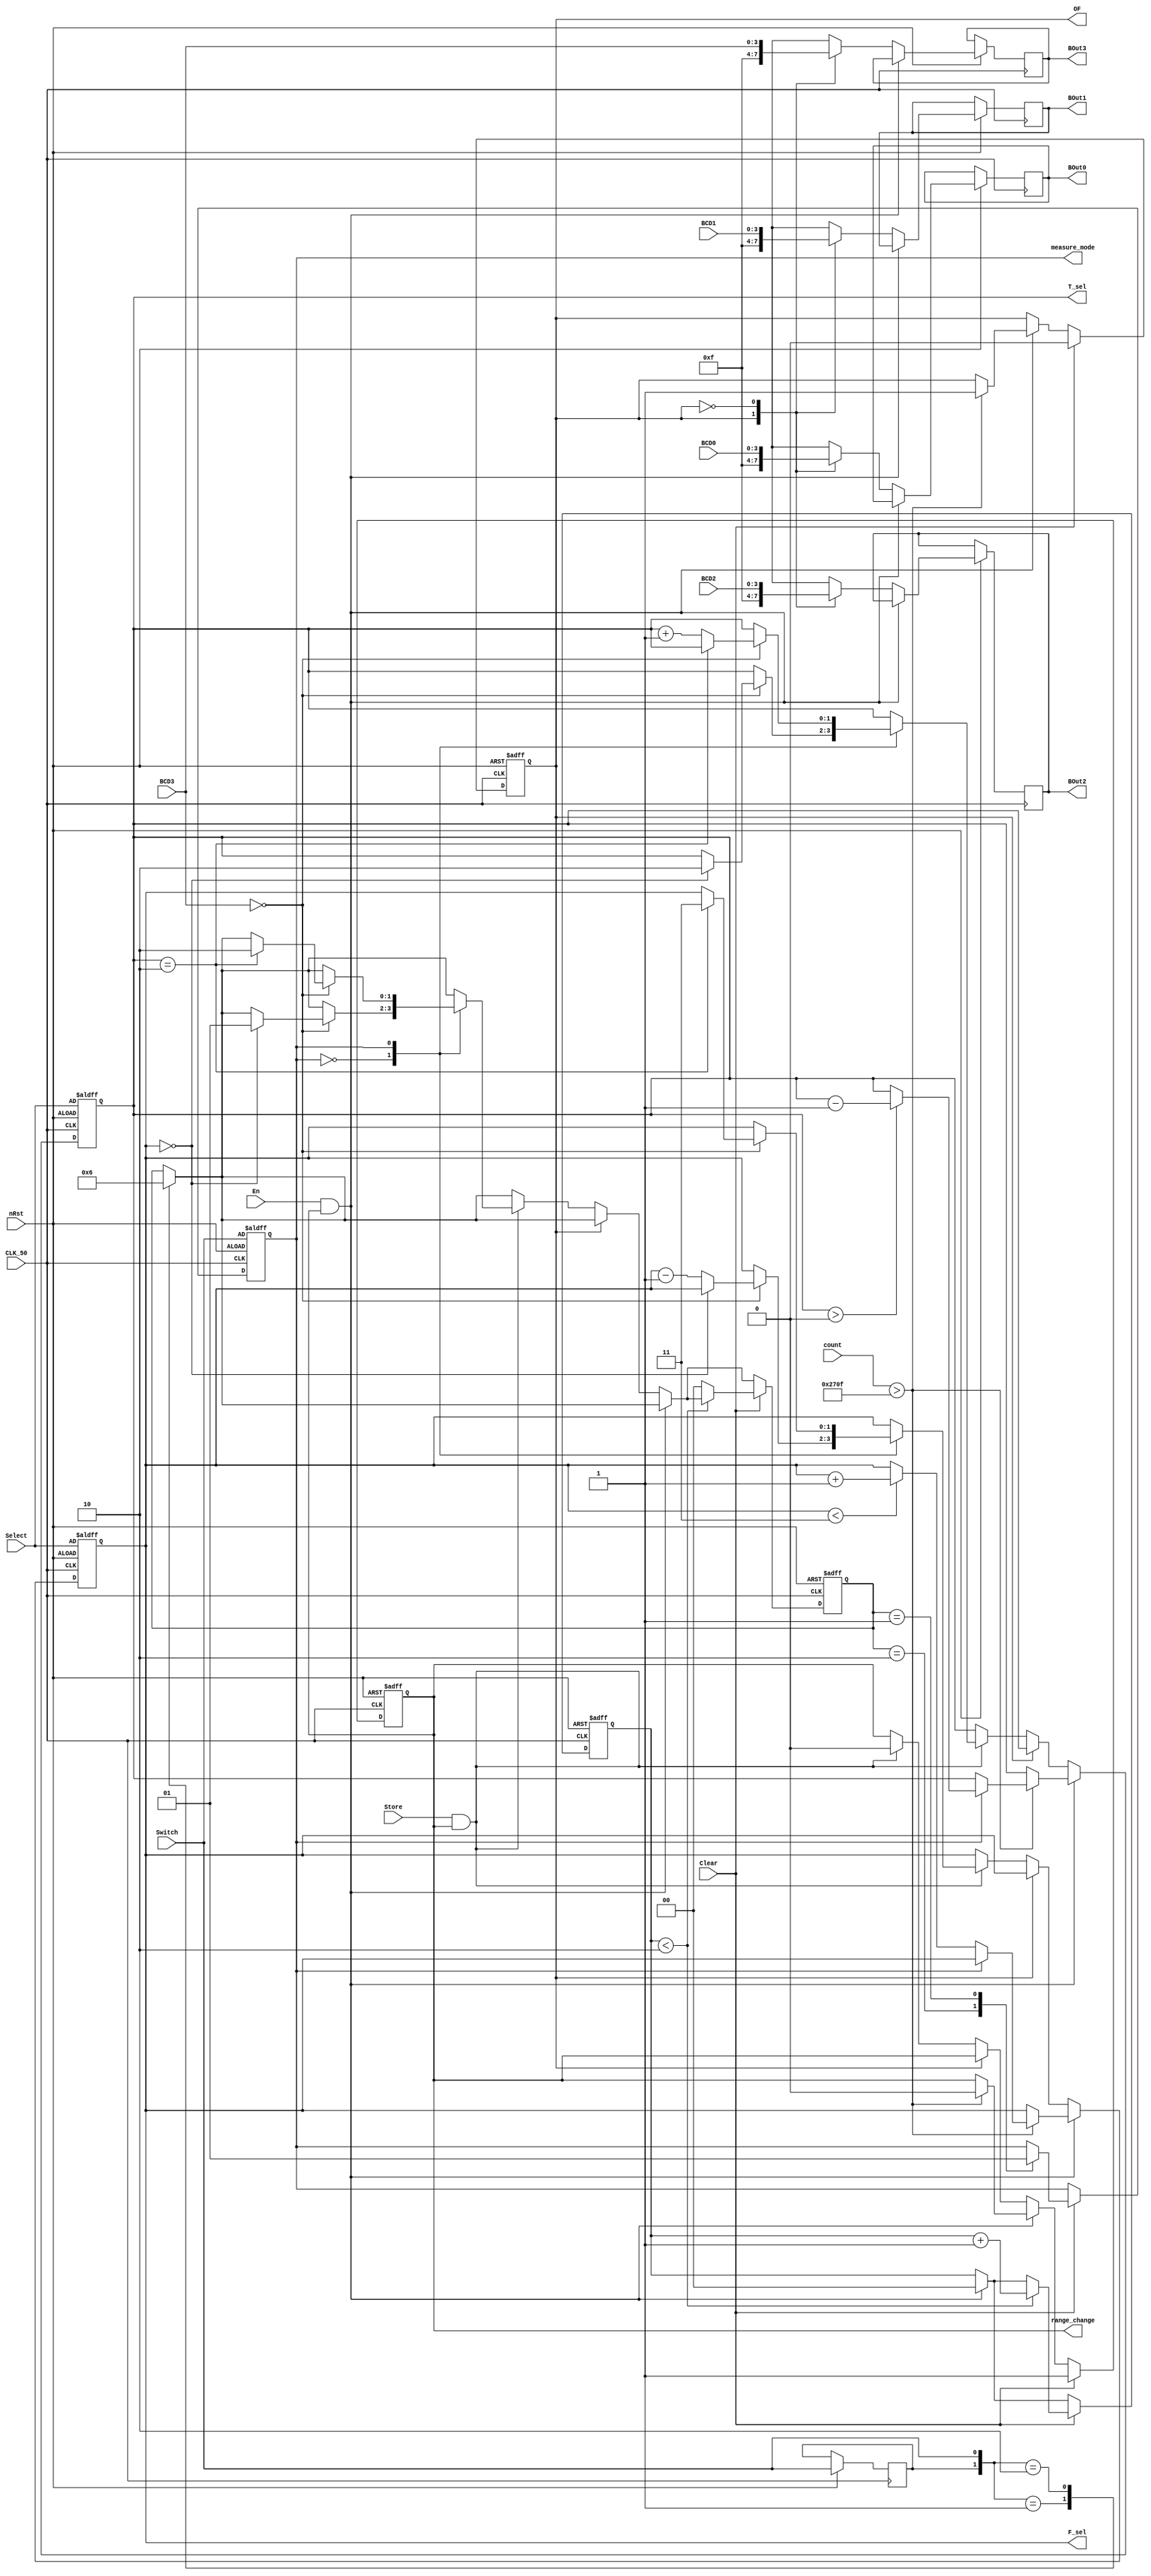
module range_detect(
	BOut0, BOut1, BOut2, BOut3, 
	F_sel, T_sel, measure_mode, 
	range_change, OF, 
	BCD0, BCD1, BCD2, BCD3, 
	count, CLK_50, 
	Clear, En, Store, 
	nRst, Switch, Select
	);
output 	reg [3:0 ] 	BOut0, BOut1, BOut2, BOut3;
output 	reg [1:0 ] 	F_sel, T_sel;
output	reg			measure_mode, range_change;

//overflow flag
output	reg			OF;
input		[3:0 ]	BCD0, BCD1, BCD2, BCD3;
input		[15:0]  count;
input				CLK_50, Clear, En, Store, nRst;
input				Switch;
input		[1:0 ]  Select;
//a gate used for decreasing sel_out
reg       Pre_Switch;
reg 		[1:0 ]  mode_change;
reg 		[1:0 ]  cnt;


always @(posedge CLK_50, negedge nRst)
begin
	if(!nRst)begin
		OF <= 1'b0;
		//allow decrease sel_out for one time
		range_change <= 1'b1;
		F_sel <= Select;
		T_sel <= Select;
		measure_mode <= Switch;
		mode_change	<=	2'b00;
		cnt<=0;
	end
	else begin
		Pre_Switch<=Switch;
		case({Pre_Switch,Switch})
			2'b01:mode_change<=2'b01;
			2'b10:mode_change<=2'b10;
		endcase
		if(En && range_change) begin
			cnt<=0;
			if(count>16'd9999)begin
				OF <= 1'b1;
				range_change<=1'b0;
				case(measure_mode)
					0:begin
						if(F_sel<2'b11)begin
							//increase the measuring range.
							F_sel <= F_sel+1'b1;
						end
					end
					1:begin
						if(T_sel>0) begin
							T_sel <= T_sel-1'b1;
						end
					end
				endcase
			end
		end
		else begin
			case(OF)
				1:begin
					BOut0 <= 4'hf;
					BOut1 <= 4'hf;
					BOut2 <= 4'hf;
					BOut3 <= 4'hf;	
				end
				0:begin
					BOut0 <= BCD0;
					BOut1 <= BCD1;
					BOut2 <= BCD2;
					BOut3 <= BCD3;
					if(Store && range_change)begin
						case(measure_mode)
							0:begin
								if(!BCD3)begin
									case(F_sel)
										2'b00:begin
											mode_change <= 2'b01;
											T_sel <= 2'b10;
										end
										default:F_sel <= F_sel-1'b1;
									endcase
								end
							end
							1:begin
								if(!BCD3)begin
									case(T_sel)
										2'b10:begin
											mode_change <= 2'b10;
											F_sel <= 2'b11;
										end
										default:T_sel <= T_sel+1'b1;
									endcase
								end
							end
						endcase
						range_change <= 1'b0;
					end
				end
			endcase
		end
		if(Clear)begin
			//reset for next measuring.
			OF <= 1'b0;
			range_change <= 1'b1;
			case(mode_change)
				2'b10: measure_mode <= 1'b0;
				2'b01: measure_mode <= 1'b1;
			endcase
			if (cnt<2) begin
				cnt<=cnt+1'b1;
			end
			else mode_change <= 2'b00;
		end
	end
end
endmodule